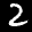
Label: 2